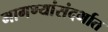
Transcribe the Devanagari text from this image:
मागण्यांसंदर्भात